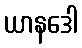
ယာနဒေါ